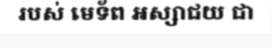
របស់ មេទ័ព អស្សាជយ ជា